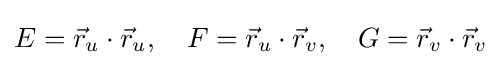
E={\vec {r}}_{u}\cdot {\vec {r}}_{u},\quad F={\vec {r}}_{u}\cdot {\vec {r}}_{v},\quad G={\vec {r}}_{v}\cdot {\vec {r}}_{v}